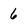
Character: 6